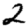
Digit: 2